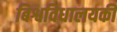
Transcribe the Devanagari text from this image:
बिश्वविधालयकी